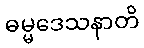
ဓမ္မဒေသနာတိ